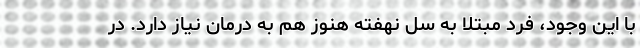
با این وجود، فرد مبتلا به سل نهفته هنوز هم به درمان نیاز دارد. در